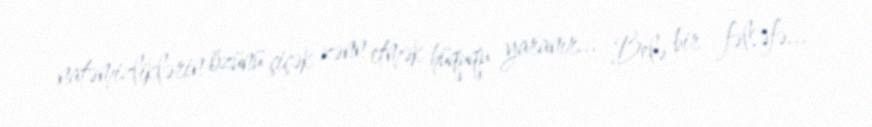
natəmizliklərin özünü çiçək zənn etmək hüququ yaranır... Belə bir fəlsəfə...